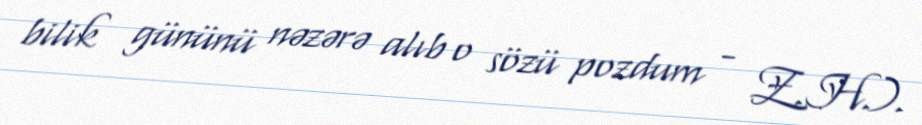
bilik gününü nəzərə alıb o sözü pozdum - Z.H.).